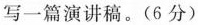
写一篇演讲稿。(6分)